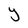
Character: Y